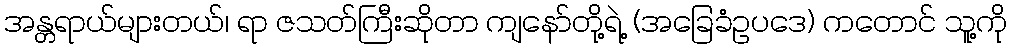
အန္တရာယ်များတယ်၊ ရာ ဇသတ်ကြီးဆိုတာ ကျနော်တို့ရဲ့ (အခြေခံဥပဒေ) ကတောင် သူ့ကို